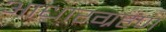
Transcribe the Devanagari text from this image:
आधारग्रहण